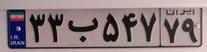
۳۳ب۵۴۷۷۹